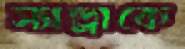
স্যান্ড্রাকে